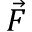
\vec { F }